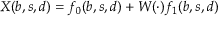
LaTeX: X ( b , s , d ) = f _ { 0 } ( b , s , d ) + W ( \cdot ) f _ { 1 } ( b , s , d )